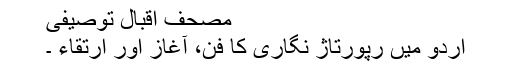
مصحف اقبال توصیفی
اردو میں رپورتاژ نگاری کا فن، آغاز اور ارتقاء ۔